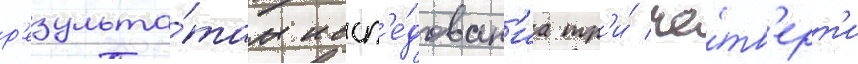
р'езульта́там иссл'е́дован'иа тр'и́ че́тв'ерт'и